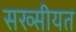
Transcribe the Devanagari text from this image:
सख्सीयत